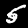
Digit: 5